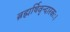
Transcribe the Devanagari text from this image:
ब्रह्मर्षिवृन्दारकः।